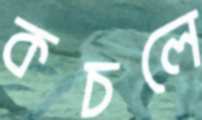
কচলে